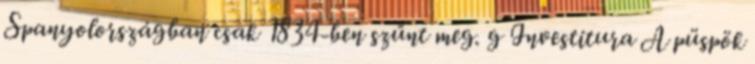
Spanyolországban csak 1834-ben szűnt meg. g Investitura A püspök